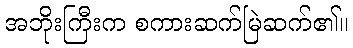
အဘိုးကြီးက စကားဆက်မြဲဆက်၏။